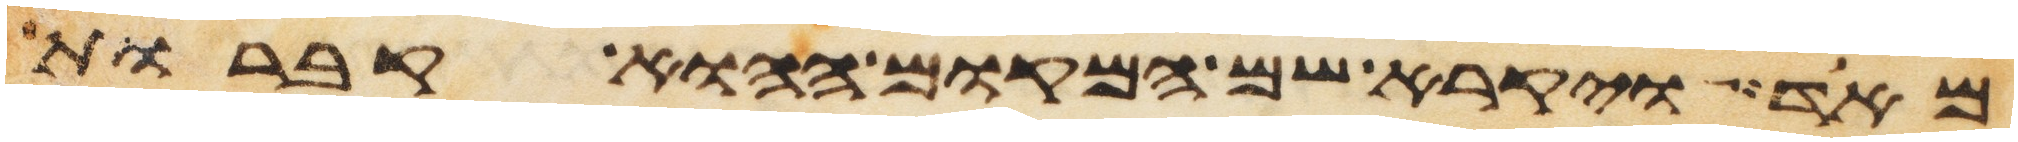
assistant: מאד ויקרא שם המקום ההוא קברות